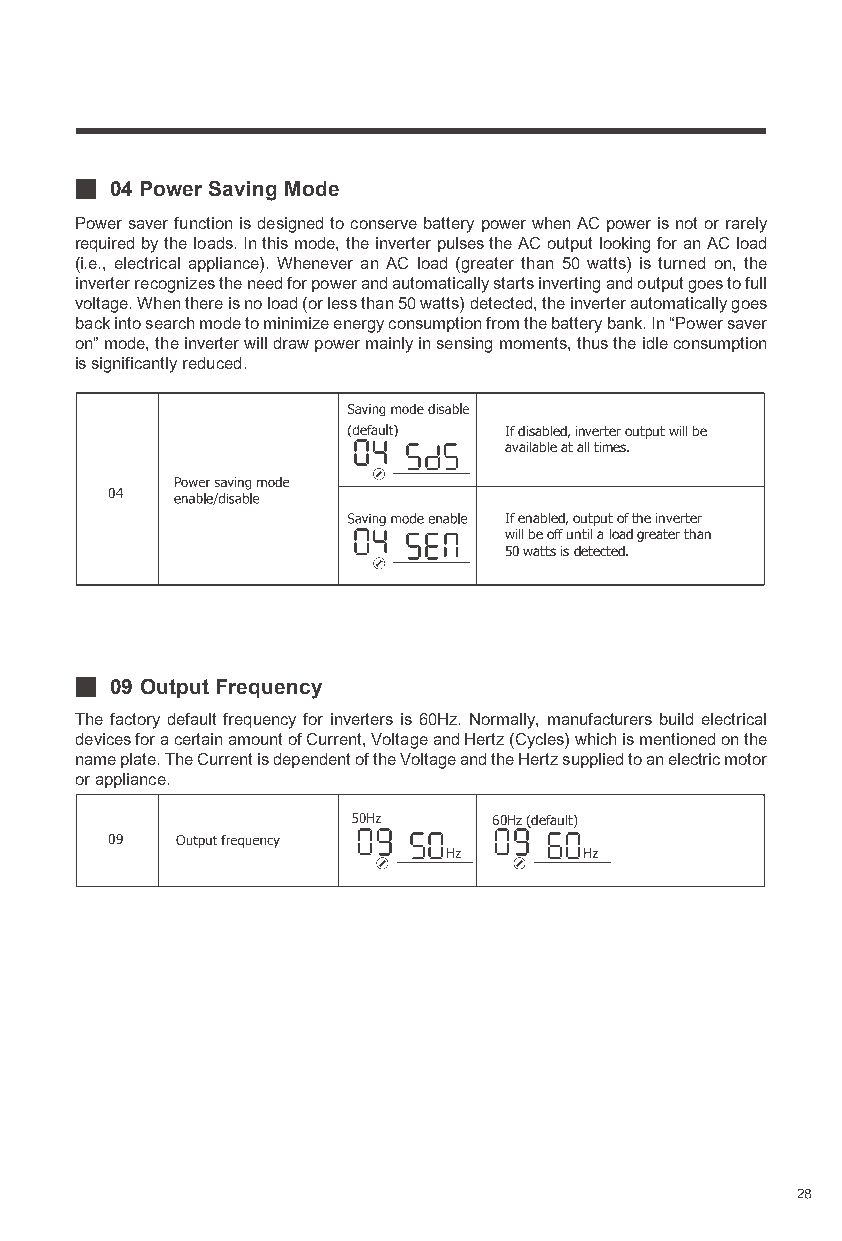
04 Power Saving Mode
 Power saver function is designed to conserve battery power when AC power is not or rarely
 required by the loads. In this mode, the inverter pulses the AC output looking for an AC load
 (i.e., electrical appliance). Whenever an AC load (greater than 50 watts) is turned on, the
 inverter recognizes the need for power and automatically starts inverting and output goes to full
 voltage. When there is no load (or less than 50 watts) detected, the inverter automatically goes
 back into search mode to minimize energy consumption from the battery bank. In “Power saver
 on” mode, the inverter will draw power mainly in sensing moments, thus the idle consumption
 is significantly reduced.
 If disabled, inverter output will be
 available at all times.
 04
 If enabled, output of the inverter
 will be off until a load greater than
 50 watts is detected.
 09 Output Frequency
 The factory default frequency for inverters is 60Hz. Normally, manufacturers build electrical
 devices for a certain amount of Current, Voltage and Hertz (Cycles) which is mentioned on the
 name plate. The Current is dependent of the Voltage and the Hertz supplied to an electric motor
 or appliance.
 60Hz (default)
 09
 28